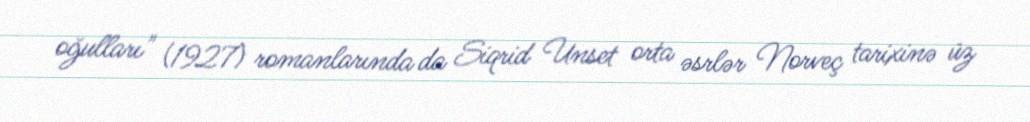
oğulları" (1927) romanlarında da Siqrid Unset orta əsrlər Norveç tarixinə üz